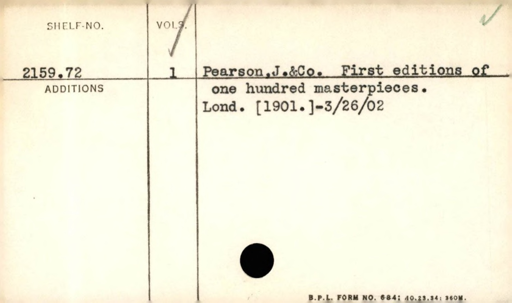
Label: content